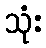
သုံး